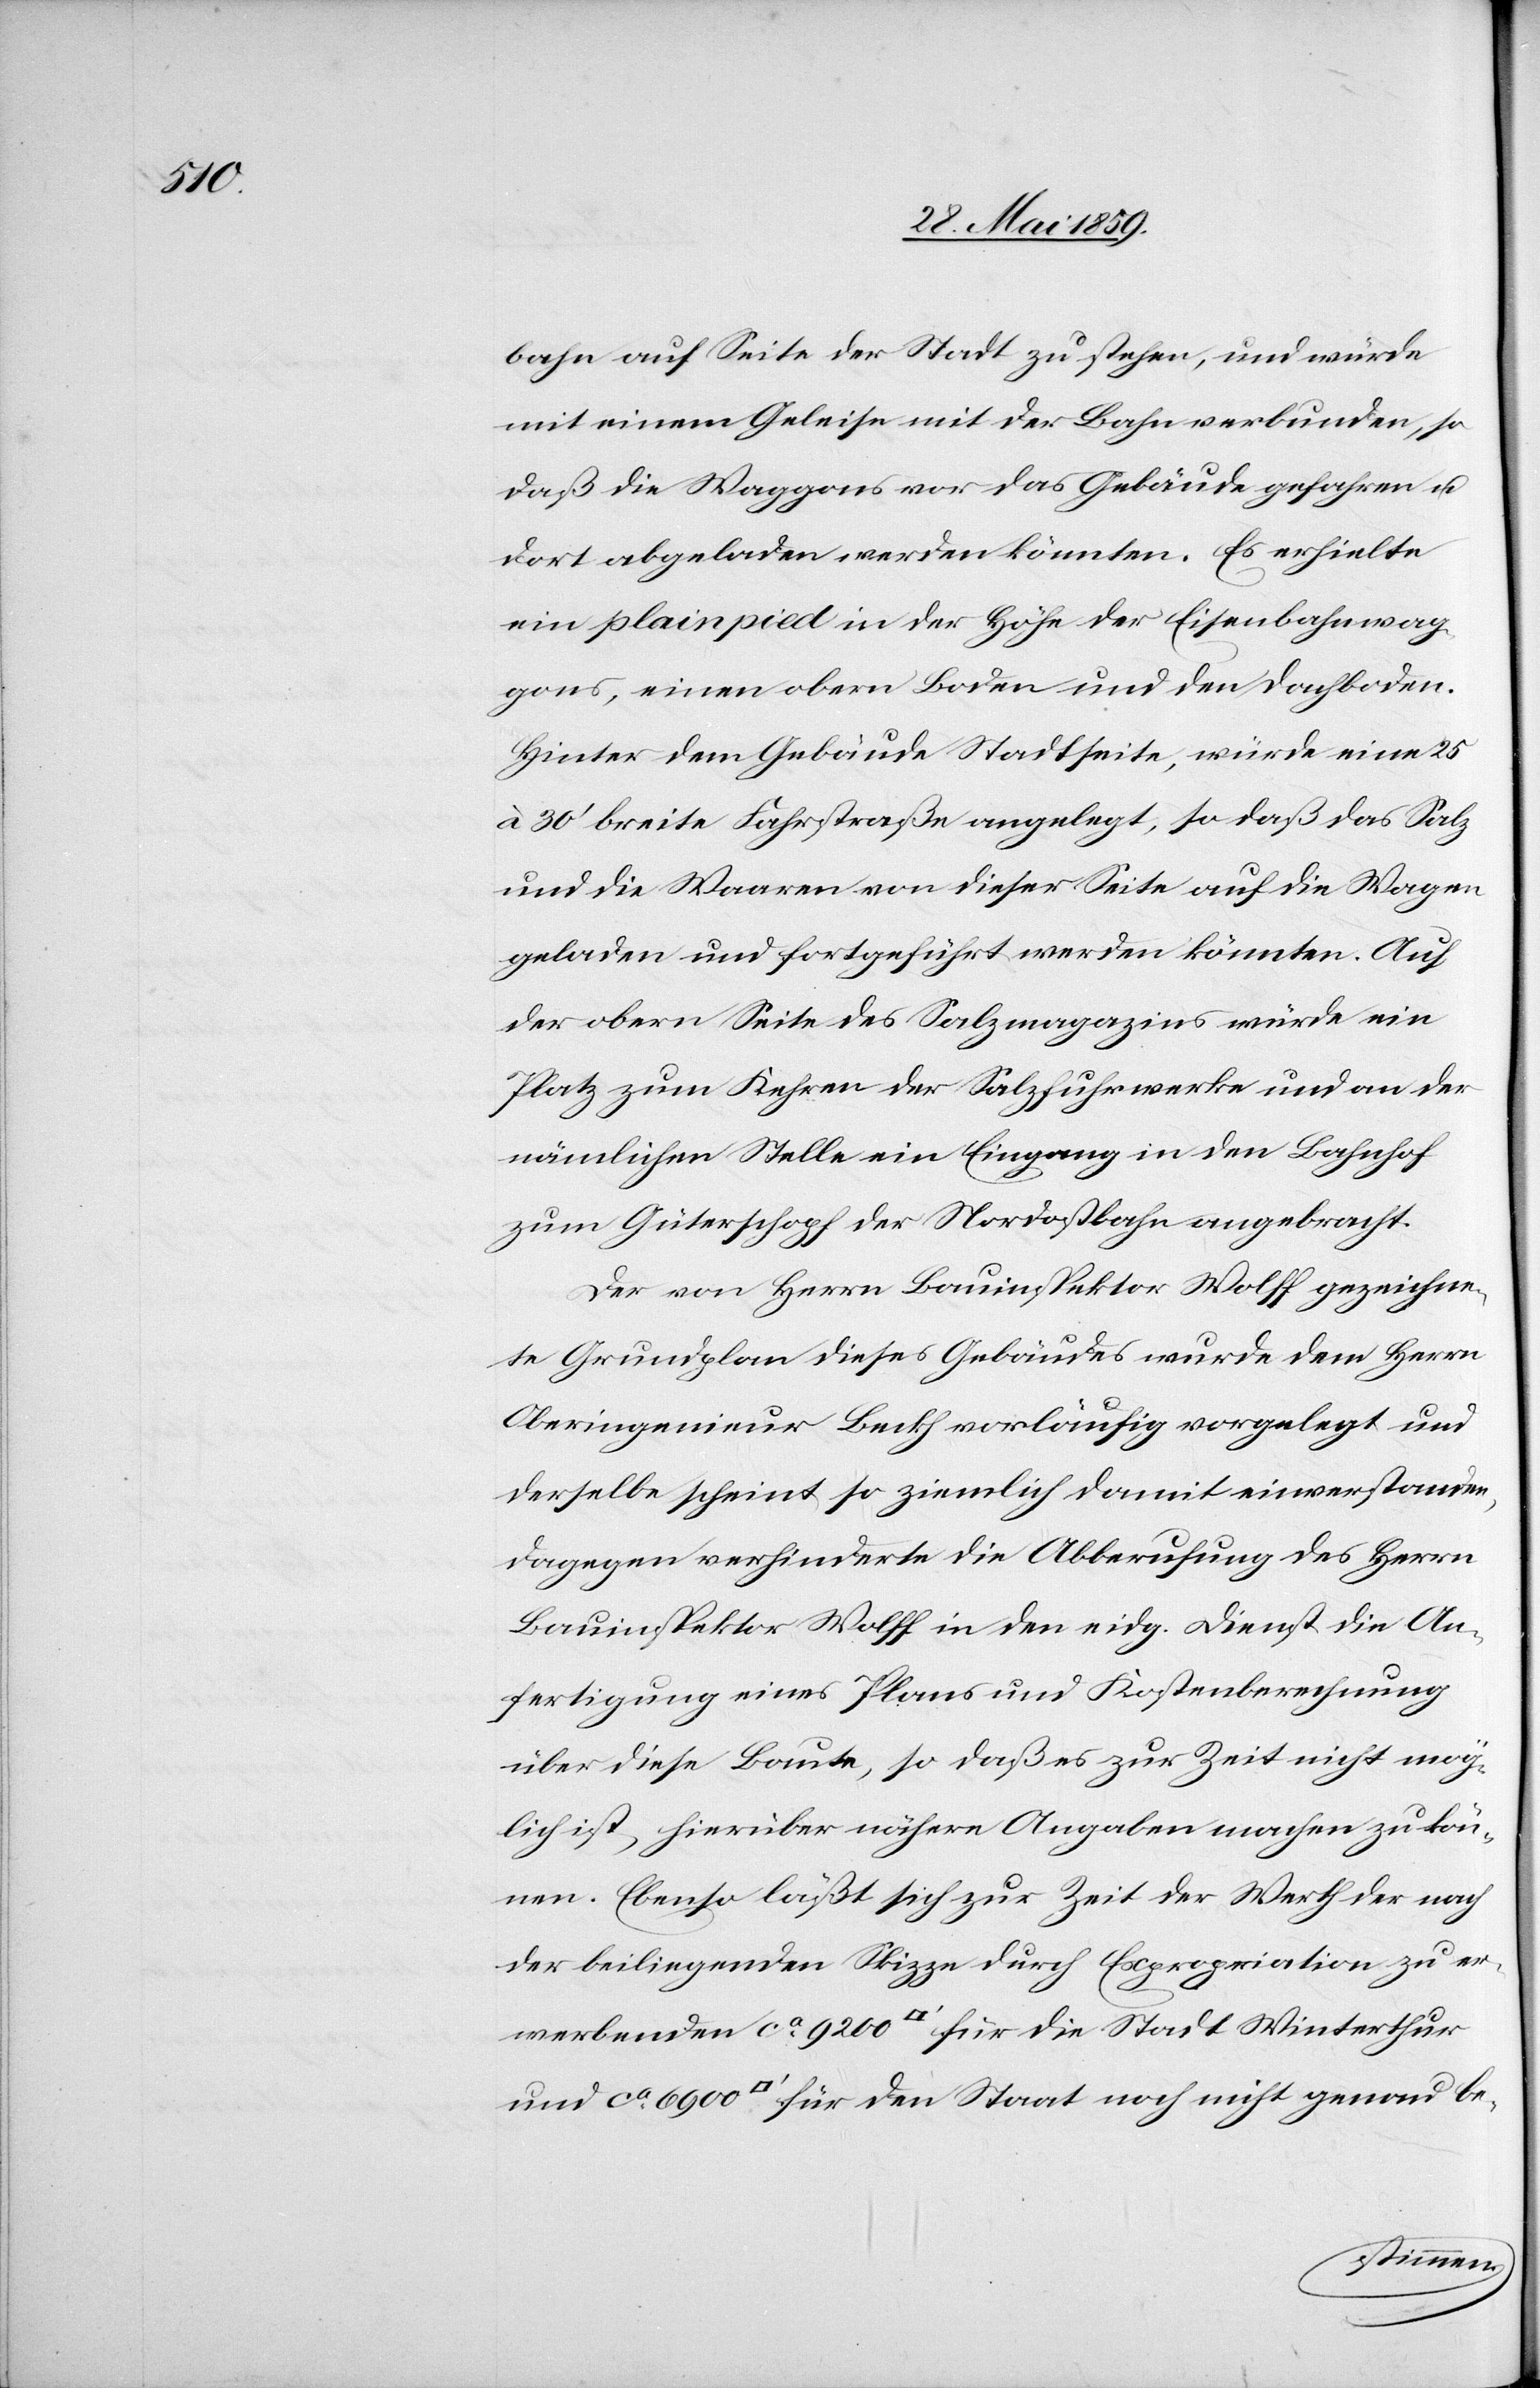
Staat

bahn auf Seite der Stadt zu stehen, und würde
mit einem Geleise mit der Bahn verbunden, so
daß die Waggons vor das Gebäude gefahren u.
dort abgeladen werden könnten. Es erhielte
ein plain pied in der Höhe der Eisenbahnwag¬
gons, einen obern Boden und den Dachboden.
Hinter dem Gebäude Stadtseite, würde eine 25
à 30‘ breite Fahrstraße angelegt, so daß das Salz
und die Waaren von dieser Seite auf die Wagen
geladen und fortgeführt werden könnten. Auf
der obern Seite des Salzmagazins würde ein
Platz zum Kehren der Salzfuhrwerke und an der
nämlichen Stelle ein Eingang in den Bahnhof
zum Güterschopf der Nordostbahn angebracht.
Der von Herrn Bauinspektor Wolff gezeichne¬
te Grundplan dieses Gebäudes wurde dem Herrn
Oberingenieur Beck vorläufig vorgelegt und
derselbe scheint so ziemlich damit einverstanden,
dagegen verhinderte die Abberufung des Herrn
Bauinspektor Wolff in den eidg. Dienst die An¬
fertigung eines Plans und Kostenberechnung
über diese Baute, so daß es zur Zeit nicht mög¬
lich ist, hierüber nähere Angaben machen zu kön¬
nen. Ebenso läßt sich zur Zeit der Werth der nach
der beiliegenden Skizze durch Expropriation zu er¬
werbenden ca 9200 [Quadratfuss] für die Stadt Winterthur